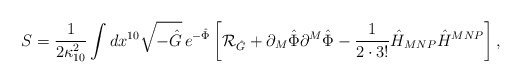
\begin{align*}S={1\over{2\kappa^2_{10}}}\int dx^{10}\sqrt{-\hat{G}}\,e^{-\hat{\Phi}}\left[{\cal R}_{\hat{G}}+\partial_M\hat{\Phi}\partial^M\hat{\Phi}-{1\over{2\cdot 3!}}\hat{H}_{MNP}\hat{H}^{MNP}\right],\end{align*}